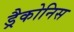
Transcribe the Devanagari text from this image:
ड्रैकोनिस